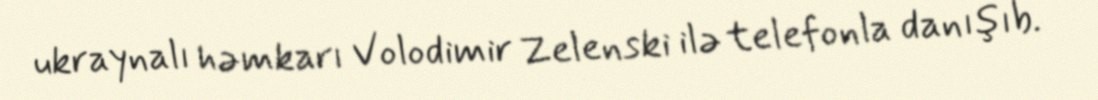
ukraynalı həmkarı Volodimir Zelenski ilə telefonla danışıb.